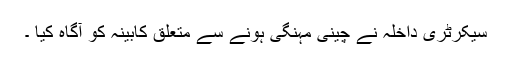
سیکرٹری داخلہ نے چینی مہنگی ہونے سے متعلق کابینہ کو آگاہ کیا ۔